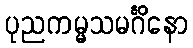
ပုညကမ္မသမင်္ဂိနော